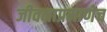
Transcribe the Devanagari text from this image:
जीवनाप्रमाणेच